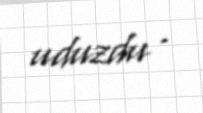
uduzdu .